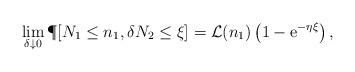
LaTeX: \begin{align*}\lim_{\delta\downarrow0}\P[N_1\leq n_1, \delta N_2\leq \xi] = \mathcal{L}(n_1)\left(1-\mathrm{e}^{-\eta \xi}\right),\end{align*}